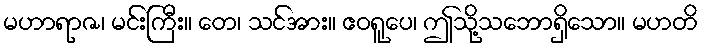
မဟာရာဇ၊ မင်းကြီး။ တေ၊ သင်အား။ ဧဝရူပေ၊ ဤသို့သဘောရှိသော။ မဟတိ